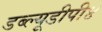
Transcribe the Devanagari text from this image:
डब्ल्यूडीपी४